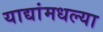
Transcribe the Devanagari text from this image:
याद्यांमधल्या